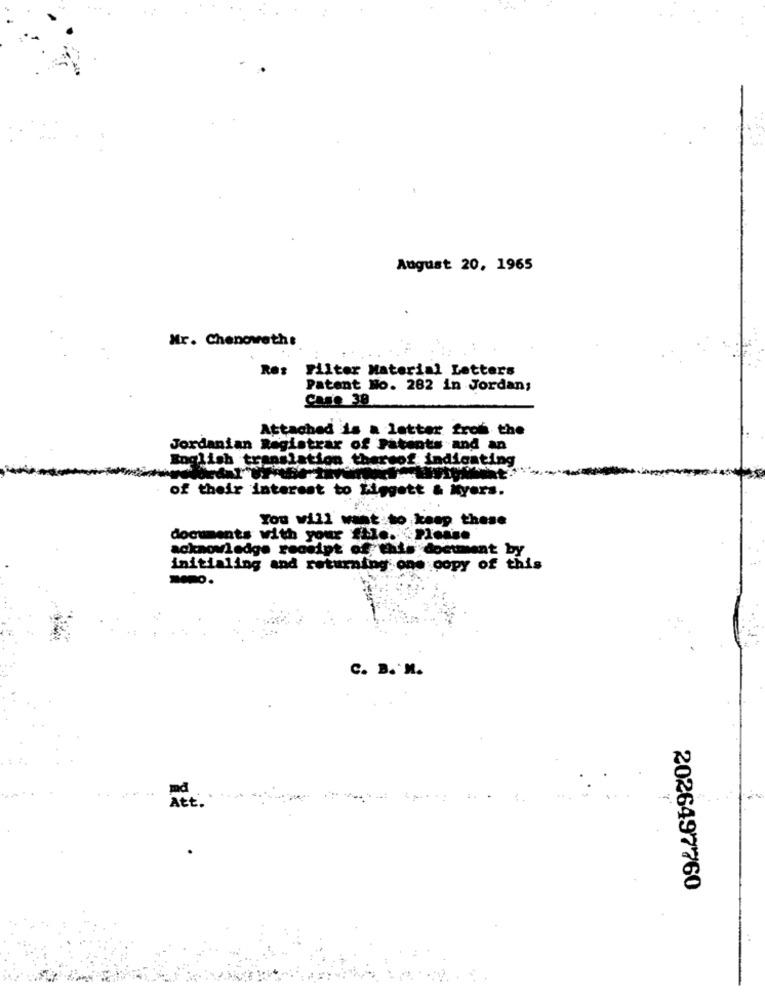
August 20, 1965
Mr. Chenoweth:
Filter Material Letters
Patent No. 282 in Jordan;
Case 30
Attached is a letter from the
Jordanian Registrar of Patents and an
English translation thereof indicating
of their interest to Liggett & Myers.
You will want to keep these
documents with your file.
Please
acknowledge receipt of this document by
initialing and returning one copy of this
C. B. M.
md
Att.
2026497760